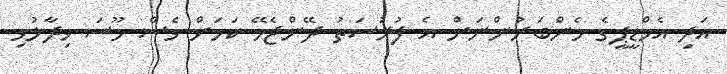
އަދި އެމްޑީޕީގެ މެންބަރުންނަށް އެ ފުރުސަތު ދޭންޖެހޭ ކަމަށް ވެސް މޫސަ ވިދާޅުވި